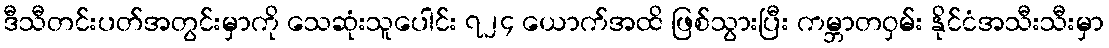
ဒီသီတင်းပတ်အတွင်းမှာကို သေဆုံးသူပေါင်း ၇၂၄ ယောက်အထိ ဖြစ်သွားပြီး ကမ္ဘာတဝှမ်း နိုင်ငံအသီးသီးမှာ